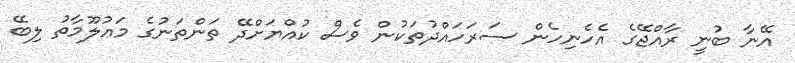
އޭނާ ބުނީ ރާއްޖޭގެ އެހެނިހެން ސަރަހައްދުތަކުން ވެސް ކުއްޔަށްދޭ ތަންތަނުގެ މަޢުލޫމާތު ލިބޭ